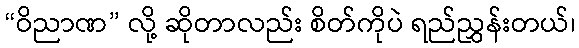
“ဝိညာဏ” လို့ ဆိုတာလည်း စိတ်ကိုပဲ ရည်ညွှန်းတယ်၊